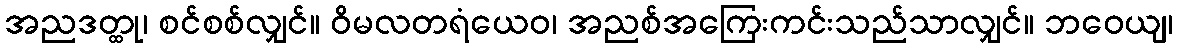
အညဒတ္ထု၊ စင်စစ်လျှင်။ ဝိမလတရံယေဝ၊ အညစ်အကြေးကင်းသည်သာလျှင်။ ဘဝေယျ၊